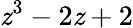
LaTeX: \mathit{z}^{3}-2\mathit{z}+2